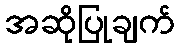
အဆိုပြုချက်